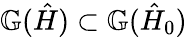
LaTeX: \mathbb{G}(\hat{H})\subset\mathbb{G}(\hat{H}_{0})